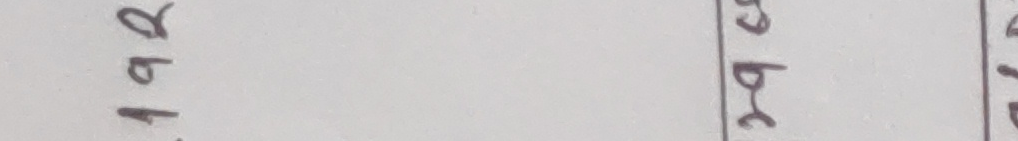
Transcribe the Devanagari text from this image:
लाब